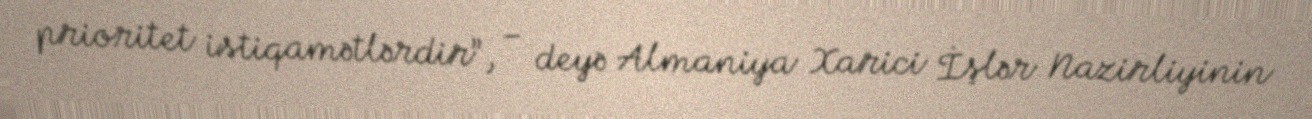
prioritet istiqamətlərdir”, – deyə Almaniya Xarici İşlər Nazirliyinin